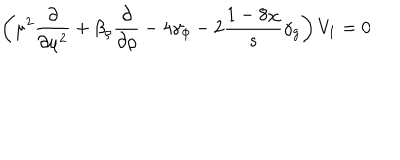
\left( \mu ^ { 2 } \frac { \partial } { \partial \mu ^ { 2 } } + \beta _ { \rho } \frac { \partial } { \partial \rho } - 4 \gamma _ { \phi } - 2 \frac { 1 - 8 \chi } { s } \gamma _ { g } \right) V _ { 1 } = 0